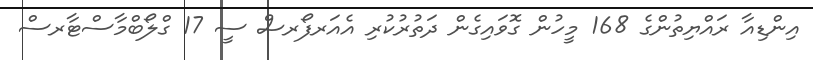
އިންޑިއާ ރައްޔިތުންގެ 168 މީހުން ގޮވައިގެން ދަތުރުކުރި އެއަރފޯރސް ސީ 17 ގްލޯބްމާސްޓާރސް